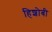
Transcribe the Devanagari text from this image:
हिशोबी